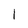
Character: I